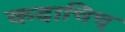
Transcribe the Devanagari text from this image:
कदाचिच्